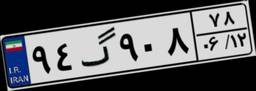
۹۴گ۹۰۸۷۸